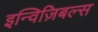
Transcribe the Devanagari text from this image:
इन्विज़िबल्स